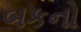
બકનો